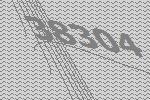
38304